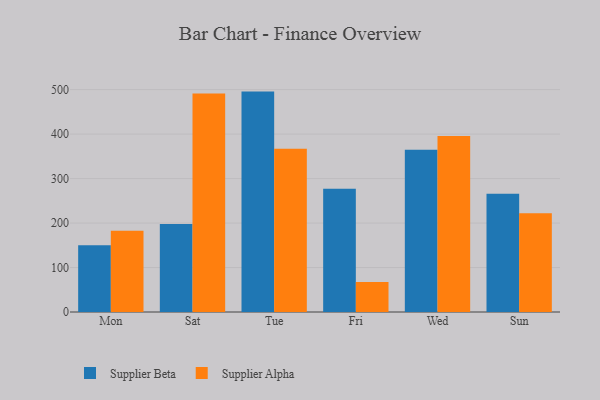
{"axis": {"x": "Day", "y": "Revenue (USD Million)"}, "legend": ["Supplier Alpha", "Supplier Beta"], "data": [{"x": "Mon", "y": 150.0, "type": "Supplier Beta"}, {"x": "Mon", "y": 182.8, "type": "Supplier Alpha"}, {"x": "Sat", "y": 198.1, "type": "Supplier Beta"}, {"x": "Sat", "y": 491.0, "type": "Supplier Alpha"}, {"x": "Tue", "y": 495.5, "type": "Supplier Beta"}, {"x": "Tue", "y": 367.0, "type": "Supplier Alpha"}, {"x": "Fri", "y": 276.9, "type": "Supplier Beta"}, {"x": "Fri", "y": 67.4, "type": "Supplier Alpha"}, {"x": "Wed", "y": 364.7, "type": "Supplier Beta"}, {"x": "Wed", "y": 395.7, "type": "Supplier Alpha"}, {"x": "Sun", "y": 266.1, "type": "Supplier Beta"}, {"x": "Sun", "y": 222.1, "type": "Supplier Alpha"}]}